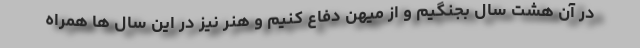
در آن هشت سال بجنگیم و از میهن دفاع کنیم و هنر نیز در این سال ها همراه